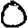
Digit: 0